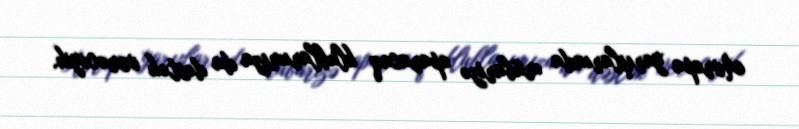
Avropa yarışlarında mübarizə aparacaq klublarımıza da dəstək verəcəyik.